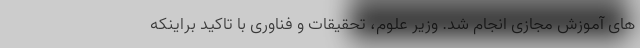
های آموزش مجازی انجام شد. وزیر علوم، تحقیقات و فناوری با تاکید براینکه